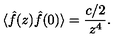
\langle \hat { f } ( z ) \hat { f } ( 0 ) \rangle = { \frac { c / 2 } { z ^ { 4 } } } .